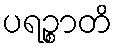
ပရဉ္စာတိ